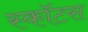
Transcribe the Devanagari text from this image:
स्काॅटस